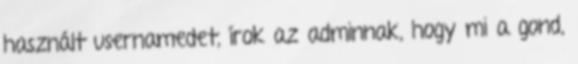
használt usernamedet, írok az adminnak, hogy mi a gond,